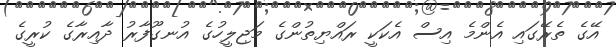
އޭގެ ތެރޭގައި އެންމެ އިސް އެކަކީ ރައްޔިތުންގެ މަޖިލީހުގެ އުނގޫފާރު ދާއިރާގެ ކުރީގެ